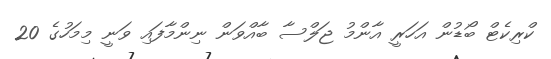
ކްރިކެޓް ބޯޑުން އަހަރީ އާންމު ޖަލްސާ ބާއްވަން ނިންމާފައި ވަނީ މިމަހުގެ 20